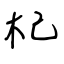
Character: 杞